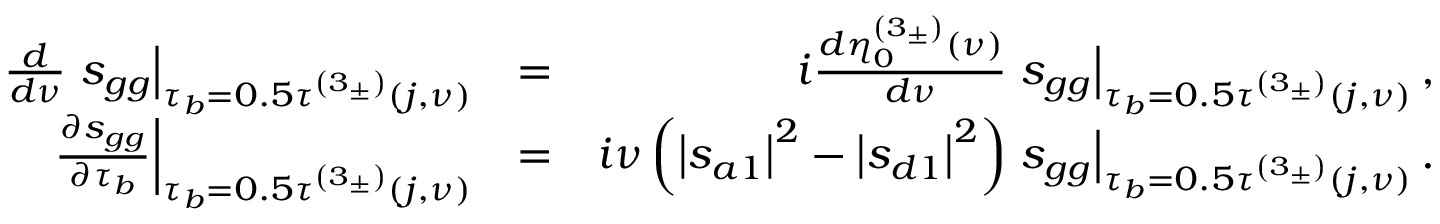
\begin{array} { r l r } { \frac { d } { d \nu } \left. s _ { g g } \right\vert _ { \tau _ { b } = 0 . 5 \tau ^ { \left( 3 _ { \pm } \right) } \left( j , \nu \right) } } & { = } & { i \frac { d \eta _ { 0 } ^ { \left( 3 _ { \pm } \right) } \left( \nu \right) } { d \nu } \left. s _ { g g } \right\vert _ { \tau _ { b } = 0 . 5 \tau ^ { \left( 3 _ { \pm } \right) } \left( j , \nu \right) } , } \\ { \left. \frac { \partial s _ { g g } } { \partial \tau _ { b } } \right\vert _ { \tau _ { b } = 0 . 5 \tau ^ { \left( 3 _ { \pm } \right) } \left( j , \nu \right) } } & { = } & { i \nu \left( \left\vert s _ { a 1 } \right\vert ^ { 2 } - \left\vert s _ { d 1 } \right\vert ^ { 2 } \right) \left. s _ { g g } \right\vert _ { \tau _ { b } = 0 . 5 \tau ^ { \left( 3 _ { \pm } \right) } \left( j , \nu \right) } . } \end{array}